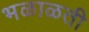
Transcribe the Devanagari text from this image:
भळाळती